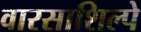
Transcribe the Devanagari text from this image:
वारसाशिल्पे